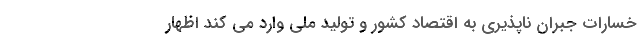
خسارات جبران ناپذیری به اقتصاد کشور و تولید ملی وارد می کند اظهار